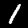
Label: 1